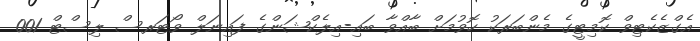
އެގްޒެކެޓިވް ކޮމިޓީގެ މެންބަރަކު ހޮވުމަށް ބާއްވާ ބައި-އިލެކްޝަންގެ ފައިނަލް ވޯޓަރސް ލިސްޓް 001